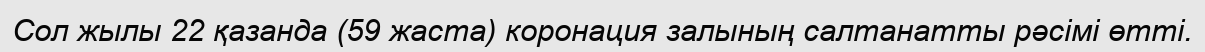
Сол жылы 22 қазанда (59 жаста) коронация залының салтанатты рәсімі өтті.